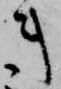
キ